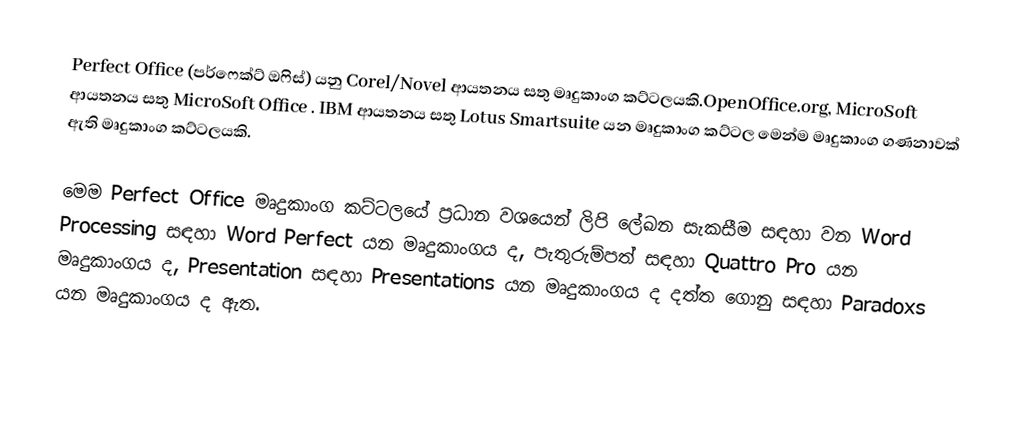
Perfect Office (පර්ෆෙක්ට් ඔෆිස්)  යනු Corel/Novel ආයතනය සතු මෘදුකාංග කට්ටලයකි.OpenOffice.org, MicroSoft ආයතනය සතු MicroSoft Office . IBM  ආයතනය සතු Lotus Smartsuite යන මෘදුකාංග කට්ටල මෙන්ම  මෘදුකාංග ගණනාවක් ඇති මෘදුකාංග කට්ටලයකි.

මෙම Perfect Office මෘදුකාංග  කට්ටලයේ ප්‍රධාන වශයෙන් ලිපි  ලේඛන සැකසීම සඳහා වන Word Processing සඳහා Word Perfect යන මෘදුකාංගය ද, පැතුරුම්පත් සඳහා Quattro Pro යන මෘදුකාංගය ද, Presentation සඳහා Presentations යන මෘදුකාංගය  ද දත්ත ගොනු සඳහා Paradoxs යන මෘදුකාංගය ද ඇත.